Lock hospitals Punjab
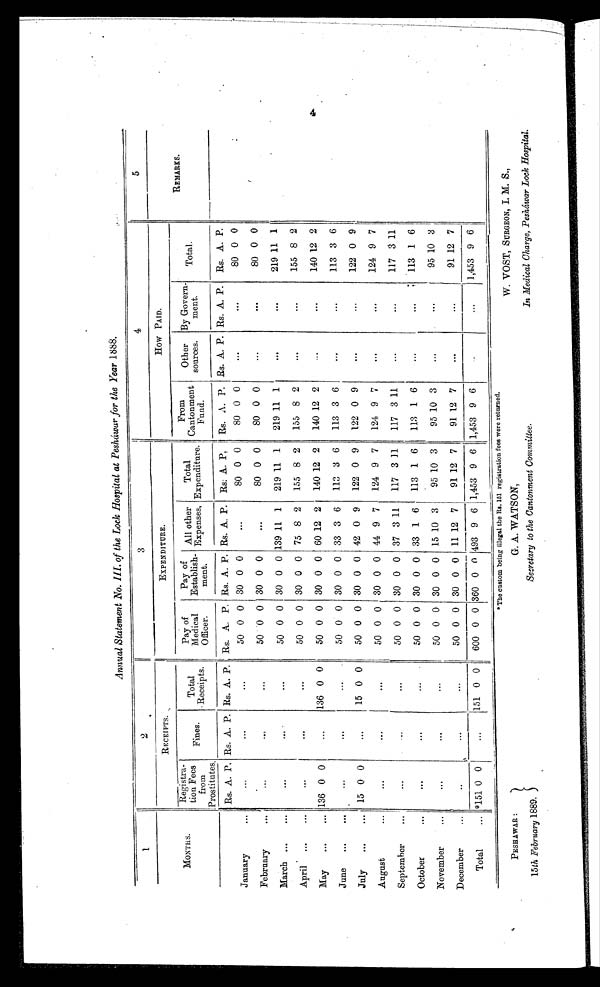
Annual Statement No. III, of the Lock Hospital at Pesháwar for the Year 1888.
1
2
3
4
5
MONTHS.
R E C E I P T S .
EXPENDITURE.
How PAID.
REMARKS.
Registra t i o n F e e s f r o m
Prostitutes
Fines.
T o t a l R e c e i p t s .
Pay of
Medical
Officer.
Pay of
Establish-
ment.
All other
Expenses.
Total
Expenditure.
From
Cantonment
Fund.
Other
sources.
By Govern
ment.
Total.
Rs. A. P. Rs. A. P. Rs. A. P. Rs. A. P. Rs. A. P. Rs. A. P. Rs: A. P.
Rs. A. P. Rs. A. P. Rs. A. P. Rs. A. P.
January
. . .
. . .
. . .
. . .
50 0 0 30 0 0
...
80 0 0
80 0 0
. . . . 80 0 0
February
. . .
...
. . .
. . .
50 0 0 30 0 0
...
80 0 0
80 0 0
. . .
. . . 80 0 0
March
. . .
. . .
. . .
...
50 0 0 30 0 0 139 11 1
219 11 1
219 11 1
. . .
. . . 219 11 1
April
. . .
...
. . .
...
50 0 0 30 0 0 75 8 2
155 8 2
155 8 2
. . .
...
155 8 2
May
. . . 136 0 0
...
136 0 0
50 0 0 30 0 0 60 12 2
140 12 2
140 12 2
...
. . . 140 12 2
June
. . .
. . .
...
...
50 0 0 30 0 0 33 3 6
113 3 6
113 3 6
...
. . . 113 3 6
July
. . . 15 0 0
...
15 0 0
50 0 0 30 0 0 42 0 9
122 0 9
122 0 9
. . .
. . . 122 0 9
August
. . .
...
. . .
. . .
50 0 0 30 0 0 44 9 7
124 9 7
124 9 7
...
...
124 9 7
September
. . .
...
...
50 0 0 30 0 0 37 3 11
117 3 11
117 3 11
. . .
. . . 117 3 11
October
. . .
. . .
. . .
...
50 0 0 30 0 0 33 1 6
113 1 6
113 1 6
...
...
113 1 6
November
. . .
. . .
. . .
...
50 0 0 30 0 0 15 10 3
95 10 3
95 10 3
. . .
. . . 95 10 3
December
. . .
...
...
...
50 0 0 30 0 0 11 12 7
91 12 7
91 12 7
...
. . . 91 12 7
Total
... 151 0 0
...
151 0 0
600 0 0 360 0 0 493 96
6
1,453 9 6 1,453 9 6 ...
...
1 , 4 5 3 9 6
PESHAWAR:
15th February 1889.
The custom being illegal the Rs. 151 registration fees were returned.
G. A. WATSON,
Secretary to the Cantonment Committee.
W. VOST, SURGEON, I. M. S.,
In Medical Charge, Pesháwar Lock Hospital.